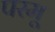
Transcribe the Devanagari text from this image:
परमू